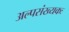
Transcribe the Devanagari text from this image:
अल्पसंख्यकः